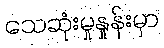
သေဆုံးမှုနှုန်းမှာ